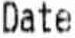
DATE